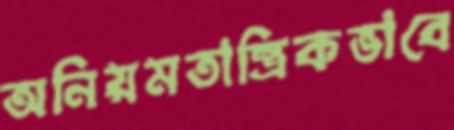
অনিয়মতান্ত্রিকভাবে